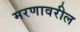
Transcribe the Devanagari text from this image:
मरणावरील